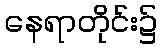
နေရာတိုင်း၌